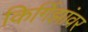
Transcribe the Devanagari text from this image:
किर्गिझांवर